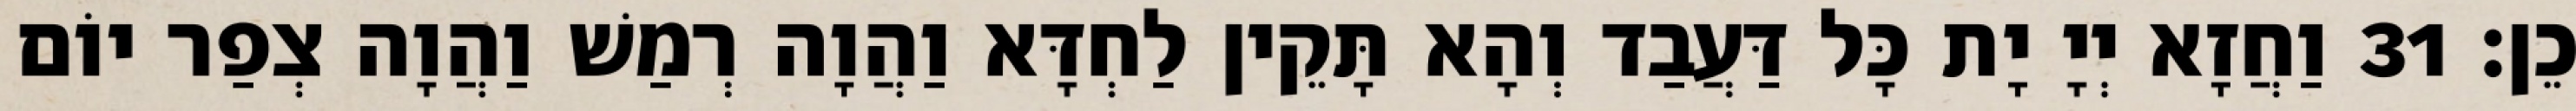
כֵן׃ 31 וַחֲזָא יְיָ יָת כָּל דַּעֲבַד וְהָא תָּקֵין לַחְדָּא וַהֲוָה רְמַשׁ וַהֲוָה צְפַר יוֹם